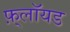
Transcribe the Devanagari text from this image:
फ़्लॉयड